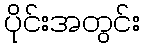
ပိုင်းအတွင်း